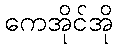
ကေအိုင်အို